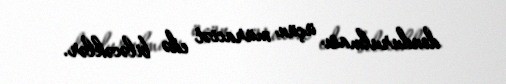
dondurulması üçün müraciət edə biləcəklər.